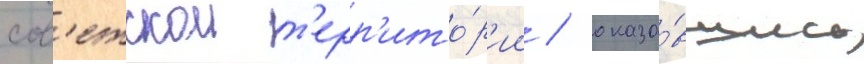
сов'етскои т'ерр'ито́р'ии / оказа́вшись